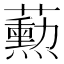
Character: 𬟓